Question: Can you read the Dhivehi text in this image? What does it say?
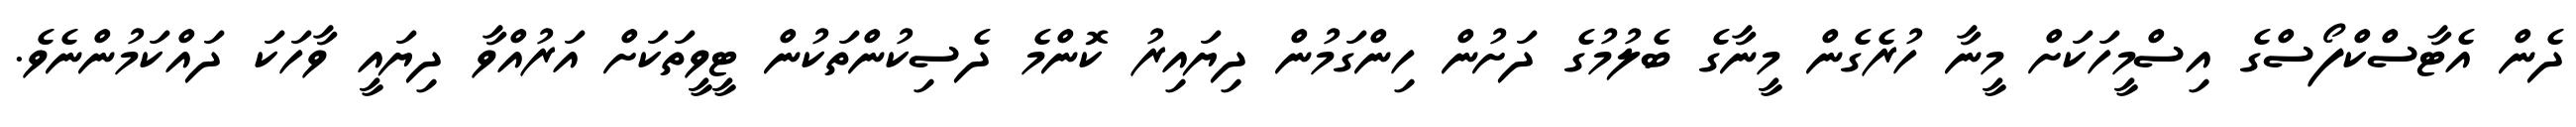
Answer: ދެން އެޓާސްކްފޯސްގެ އިސްމީހަކަށް މީނާ ހުރެގެން މީނާގެ ބެލުމުގެ ދަށުން ހިންގަމުން ދިޔައިރު ކޮންމެ ދެސިކުންތަކުން ޓީވީތަކަށް އަރުއްވާ ދިޔައީ ވާހަކަ ދައްކަމުންނެވެ.